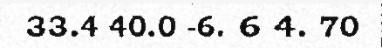
33.4 40.0 -6. 6 4. 70